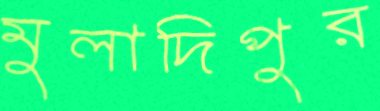
মুলাদিপুর